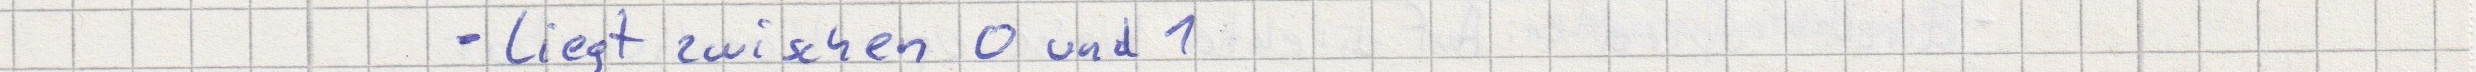
- liegt zwischen 0 und 1